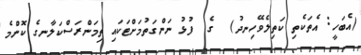
(އެބަހީ: އެތަކެތި ކަތިލެވޭހިނދު)  ގެ  ފުޅު ނަންގަތުމަށްޓަކައި ތިމަންރަސްކަލާނގެ ކޮންމެ